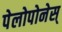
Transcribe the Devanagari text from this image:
पेलोपोनेस्